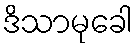
ဒိသာမုခေါ